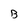
Character: B